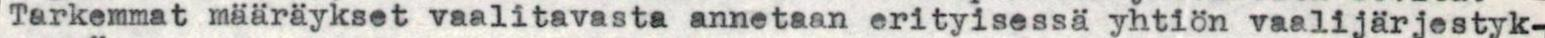
Tarkemmat määräykset vaalitavasta annetaan erityisessä yhtiön vaalijärjestyk-